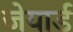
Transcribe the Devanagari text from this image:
जेयार्ड